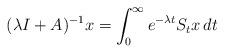
LaTeX: \begin{align*} (\lambda I +A)^{-1}x = \int_0^\infty e^{-\lambda t} S_t x\, dt\end{align*}